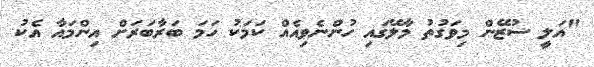
"އަލީ ސުޒޭން މިވަގުތު މާލޭގައި ހުންނެވިއެއް ކަމަކު ހަމަ ބަރާބަރަށް އިންމައާ އެކު